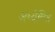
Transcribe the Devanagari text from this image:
अध्येषित